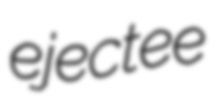
ejectee